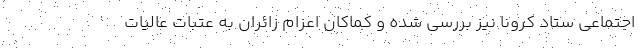
اجتماعی ستاد کرونا نیز بررسی شده و کماکان اعزام زائران به عتبات عالیات